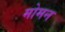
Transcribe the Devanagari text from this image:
मोमन